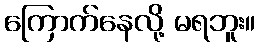
ကြောက်နေလို့ မရဘူး။